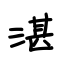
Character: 湛